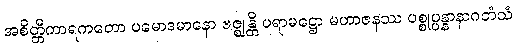
အစိတ္တီကာရကတော ပမောဒမာနော ဗဇ္ဈန္တိ ပရာမဋ္ဌော မဟာဇနဿ ပစ္စုပ္ပန္နာနာဂတံသံ